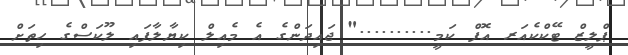
ޕްލީޒް ޓޭކްކެއަރ އޮފް ކަމީ.........." ޖައިދަންގެ އެ މެއިލް ކިޔާލާފައި ލޫކަސްގެ ހިތަށް